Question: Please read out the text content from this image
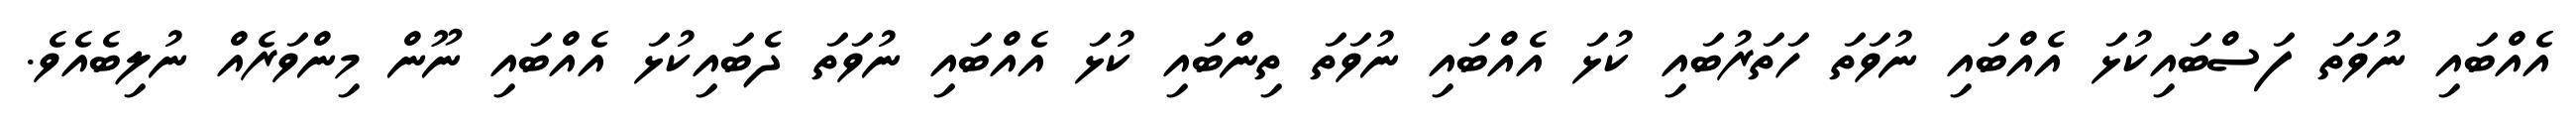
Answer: އެއްބައި ނުވަތަ ފަސްބައިކުޅަ އެއްބައި ނުވަތަ ހަތަރުބައި ކުޅަ އެއްބައި ނުވަތަ ތިންބައި ކުޅަ އެއްބައި ނުވަތަ ދެބައިކުޅަ އެއްބައި ނޫން މިންވަރެއް ނުލިބެއެވެ.